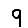
Digit: 9